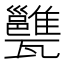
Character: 𤮲